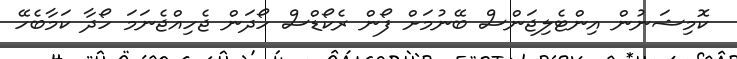
ކޮމިޝަނުން އިންޓެލިޖަންސް ބޭނުމަށް ފޯން ރެކޯޑްސް ހޯދަން ޖެހިއްޖެނަމަ ހޯދާ ކަމާބެހޭ